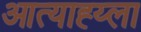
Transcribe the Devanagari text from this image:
आत्याह्य्ला